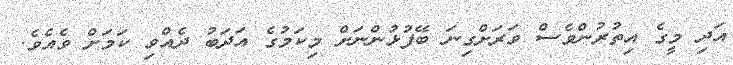
އަދި މީގެ އިތުރުންވެސް ވަރަށްގިނަ ބޭފުޅުންނަށް މިކަމުގެ އަދަބު ދެއްވި ކަމަށް ވެއެވެ.